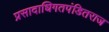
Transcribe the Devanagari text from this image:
प्रसादाधिगतपंडितराज